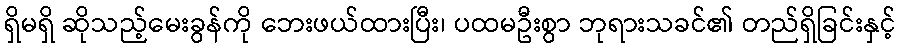
ရှိမရှိ ဆိုသည့်မေးခွန်ကို ဘေးဖယ်ထားပြီး၊ ပထမဦးစွာ ဘုရားသခင်၏ တည်ရှိခြင်းနှင့်